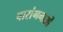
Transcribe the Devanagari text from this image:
वारांगनाओं